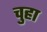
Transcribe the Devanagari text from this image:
चुहा